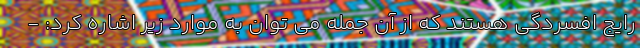
رایج افسردگی هستند که از آن جمله می توان به موارد زیر اشاره کرد: -